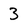
Character: 3